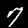
Label: 7